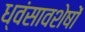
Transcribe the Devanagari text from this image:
ध्‍वंसावशेषों